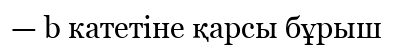
— b катетіне қарсы бұрыш